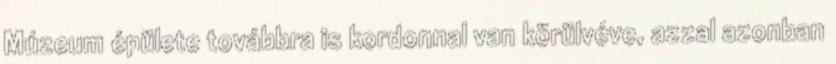
Múzeum épülete továbbra is kordonnal van körülvéve, azzal azonban